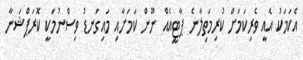
އެކަމަކު އެއީ ވެރިކަމަށް ކުރިމަތިލާނެ ޕާޓީއެއް ނޫން ކަމަށާއި މައިގަނޑު ވިސްނުމަކީ ކޮރަޕްޝަނާ